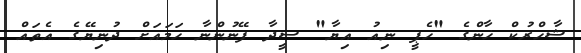
ޝާހްރުކް ޚާންގެ "ހެޕީ ނިއު އިޔާ" ސީދާ ފޭނުންނާ ހަމައަށް ދުނިޔޭގެ އެތައް